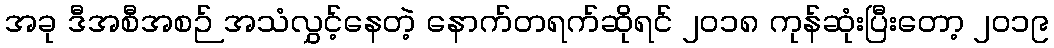
အခု ဒီအစီအစဉ် အသံလွှင့်နေတဲ့ နောက်တရက်ဆိုရင် ၂၀၁၈ ကုန်ဆုံးပြီးတော့ ၂၀၁၉